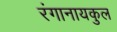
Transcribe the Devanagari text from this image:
रंगानायकुल